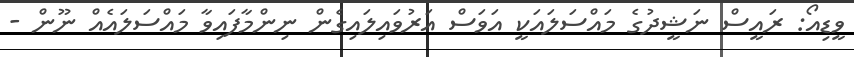
ވީޑިއޯ: ރައީސް ނަޝީދުގެ މައްސަލައަކީ އަވަސް އަރުވައިލައިގެން ނިންމާފައިވާ މައްސަލައެއް ނޫން -